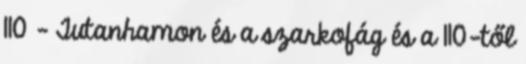
110 - Tutanhamon és a szarkofág és a 110-től